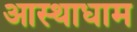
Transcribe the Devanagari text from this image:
आस्थाधाम